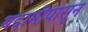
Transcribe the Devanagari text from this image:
बदामीपासून